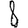
Digit: 8